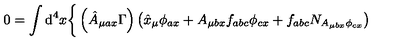
0 = \int \mathrm { d } ^ { 4 } x \bigg \{ \left( \hat { A } _ { \mu a x } \Gamma \right) \left( \hat { x } _ { \mu } \phi _ { a x } + A _ { \mu b x } f _ { a b c } \phi _ { c x } + f _ { a b c } N _ { A _ { \mu b x } \phi _ { c x } } \right)